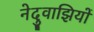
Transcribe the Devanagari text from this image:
नेदुवाझियों